Vaccination in the Punjab 1883-1896 - 1883-1896
Year: 1883
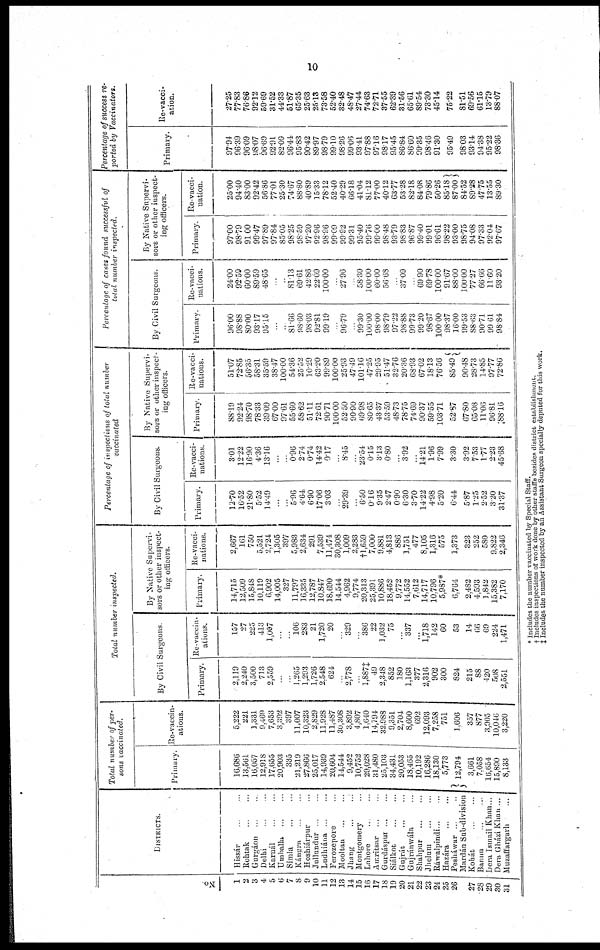
10
No
1
2
3
4
5
6
7
8
9
10
11
12
13
14
15
16
17
18
10
20
21
22
23
24
25
26
27
28
29
30
31
DISTRICTS
Hissár ... ...
Rohtak ... ...
Gurgáon ... ...
Delhi ... ...
Karnál
...
...
Umballa ... ...
Simla ... ...
Kángra
...
...
Hoshiárpur ... ...
Jullundur ... ...
Ludhiána
...
...
Ferozepore ... ...
Mooltan ... ...
Jhang ... ...
Montgomery ... ...
Lahore ... ...
Amritsar ... ...
Guidáspur ... ...
Siálkot ... ...
Gujrát ... ...
Gujránwála ... ...
Shahpur
...
...
Jhelum
...
...
Rawalpindi
...
...
Hazára
...
...
Pesháwar
...
...
Mardán Sab-division
Kohát
...
...
Banna
...
...
Dera Ismail Khan ...
Dera Gházi Khan ...
Muzaffargarh
...
Total number of per-
sons vaccinated
Primary.
16,686
13,561
16,057
12,918
17,655
20,903
335
21,219
27,866
25,017
14,939
20,604
14,544
9,452
10,752
29,028
31,480
25,103
34,431
20,053
18,465
10,192
16,286
18,130
5,773
12,794
3,661
7,058
16,654
15,890
8,133
Re-vaccin¬
ations.
5,222
221
1,331
9,469
7,653
3,392
397
11,007
10,323
2,829
11,928
11,487
30,308
3,892
4,807
1,640
14,794
32 988
9,351
2,704
8,600
692
12,093
7,258
751
1,606
357
877
3,905
10,046
3,220
Total number
inspected.
By Civil Surgeons
Primary.
2,119
2,240
3,500
713
2,559
1 265
1,293
1,726
2,548
624
2,778
1,887‡
49
2,348
852
180
1,163
377
2,316
902
300
824
215
88
420
508
2,551
Re-vaccin¬
ations.
157
27
225
413
1,007
106
283
21
1,720
20
329
386
22
1,032
75
...
337
...
1,718
142
60
53
14
66
69
224
1,471
By Native Supervi-
sors or other inspect-
ing officers
Primary.
14,715
12,509
15,848
10,119
6,902
14,005
327
11,797
16,335
12,787
10,847
18,690
14,544
4,962
9,774
20,313
25,391
10,886
18,452
9,772
14,552
7,612
14,717
10,796
5,987*
6,764
2,482
4,593
1,842
15,382
7,170
Re-vacci-
nations
2,667
161
750
5,521
2,724
1,305
397
5,983
2,634
291
7,539
11,474
30,308
1,009
2,283
†1,659
7,000
9,881
4,813
886
1,751
477
8,105
1,316
575
1,373
323
252
580
9,822
2,346
Percentage of inspections of total number
vaccinated
By Civil Surgeons
Primary.
12.70
16.52
21.80
5.52
14.49
5.96
4.64
6.90
17.06
3.03
29.39
6.50
0.16
9.35
2.47
0.90
6.30
3.70
14.22
4.98
5.20
6.44
5.87
1.25
2.52
3.20
31.37
Re-vacci¬
nations.
3.01
12.22
16.90
4.36
13.16
0.96
2.74
0.74
14.42
0.17
8.45
23.54
0.15
3.13
0.80
3.92
14.21
1.96
7.99
3.30
3.92
7.53
1.77
2.23
45.68
By Native Supervi-
sors or other inspect-
ing officers.
Primary
88.19
92.24
98.70
78.33
39.09
67.00
97.61
55.60
58.62
51.11
72.61
90.71
100.00
52.50
90.90
69.98
80.65
43.37
53.59
48.73
78.75
74.69
90.37
59.55
103.71
52.87
67.80
65.08
11.06
96.81
88.16
Re-vacci-
nations.
51.07
72 85
56.35
58 31
35.59
38.47
100 00
54 36
25 52
10 29
63 20
99.89
100 00
25 93
47 49
101.16
47 25
29 95
51.47
32 76
20 36
68 93
67 02
18.13
76 56
85.49
90 48
28 73
14.85
97.77
72.86
Percentage of cases found successful of
total number
inspected.
By Civil Surgeons
Primary
96.00
98.88
80.00
93.17
95.15
81.66
98.60
98.03
92.81
99.19
96.79
99.30
100.00
98.00
98.79
97.22
98.88
99.73
99.20
98.67
100.00
98.37
16.00
99.53
88.63
90.71
99.61
98.84
Re-vacci-
nations.
24.00
92.59
60.00
89.59
48.65
81.13
69.61
42.86
22.09
100.00
27.96
58.30
100.00
60.00
56.68
37.09
69.90
69.78
100.00
91.67
88.00
100.00
77.27
66.66
11.60
93.20
By Native Supervi-
sors or other inspect-
ing officers.
Primary
97.00
98.79
91.00
99.47
97.89
97.84
85.05
98.25
08.59
97.20
92.96
98.96
99.09
99.92
99.31
95.40
99.76
99.00
98.48
93.79
98.83
96.87
99.40
99.01
96.61
98.22
93.00
98.75
94.08
97.33
92.04
97.67
Re-vacci-
nation
25.00
94.40
83.00
92.42
56.86
77.01
25.30
74.67
88.80
40.89
15.33
78.12
52.40
40.29
66.18
41.04
81.12
77.00
40.12
63.77
53.28
82.18
84.08
79.89
50.26
85.18
87.00
84.52
89.28
47.75
13.55
89.30
Percentage of success re-
ported by
Vaccinators.
Primary.
97.91
96.39
96.09
98.07
96.69
92.91
82.09
96.44
95.83
90.42
89.97
98.79
99.10
98.26
99.06
93.41
97.88
97.16
98.17
95.45
86.84
86.60
99.35
98.46
91.30
95.49
98.03
93.14
94.38
95.22
98.36
Re-vacci¬
ation.
27.25
77.83
76.86
92.12
59.69
31.52
44.33
51.87
65.35
25.63
25.13
73.58
52.40
32.48
48.47
27.44
74.63
72.71
37.55
62.39
31.56
65.61
89.54
73.30
45.14
75.22
81.51
69.56
61.15
13.79
88.07
* Includes the number vaccinated by Special Staff.
† Includes inspections of work done by other staffs besides district establishment
‡ Includes the number inspected by an Assistant Surgeon specially deputed for this work.